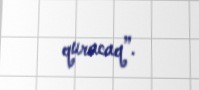
quracaq”.